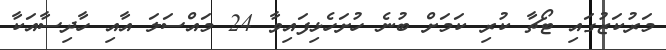
މަރުކަޒުގައި ޓޯޗާ ކުރި ކަމަށް ބުނެ ހުށަހެޅިފައިވާ 24 މައްސަލަ އާއި ހާދިސާއަކާ